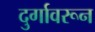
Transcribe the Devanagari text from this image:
दुर्गावरून